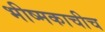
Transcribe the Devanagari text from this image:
भीष्मकाचीच